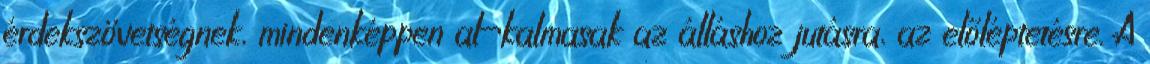
érdekszövetségnek, mindenképpen al¬kalmasak az álláshoz jutásra, az előléptetésre. A